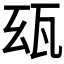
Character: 𤬮